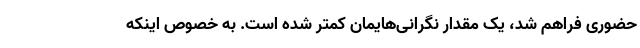
حضوری فراهم شد، یک مقدار نگرانی‌هایمان کمتر شده است. به خصوص اینکه